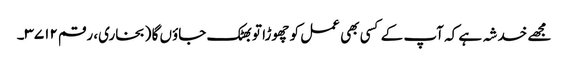
مجھے خدشہ ہے کہ آپ کے کسی بھی عمل کو چھوڑا تو بھٹک جاؤں گا (بخاری، رقم ۳۷۱۲۔